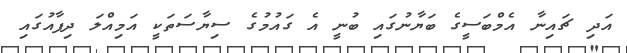
އަދި ޗައިނާ އެމްބަސީގެ ބަޔާނުގައި ބުނީ އެ ގައުމުގެ ސިޔާސަތަކީ އަމިއްލަ ދިފާއުގައި